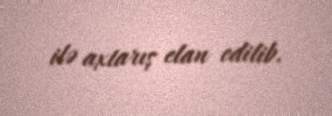
ilə axtarış elan edilib.